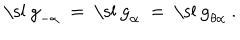
LaTeX: \mathrm { \ s l ~ g } _ { - \alpha } ~ = ~ \mathrm { \ s l ~ g } _ { \alpha } ~ = ~ \mathrm { \ s l ~ g } _ { \theta \alpha } ~ .